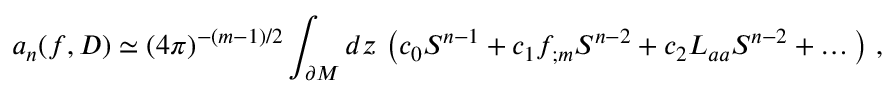
a _ { n } ( f , D ) \simeq ( 4 \pi ) ^ { - ( m - 1 ) / 2 } \int _ { \partial { \cal M } } d z \, \left( c _ { 0 } S ^ { n - 1 } + c _ { 1 } f _ { ; m } S ^ { n - 2 } + c _ { 2 } L _ { a a } S ^ { n - 2 } + \dots \right) \, ,